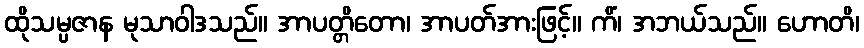
ထိုသမ္ပဇာန မုသာဝါဒသည်။ အာပတ္တိတော၊ အာပတ်အားဖြင့်။ ကိံ၊ အဘယ်သည်။ ဟောတိ၊